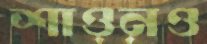
শাওনও